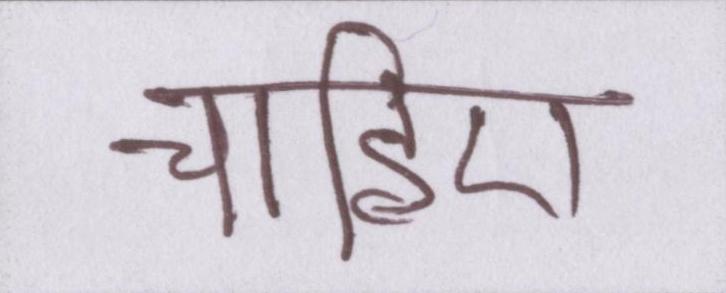
चाहिए